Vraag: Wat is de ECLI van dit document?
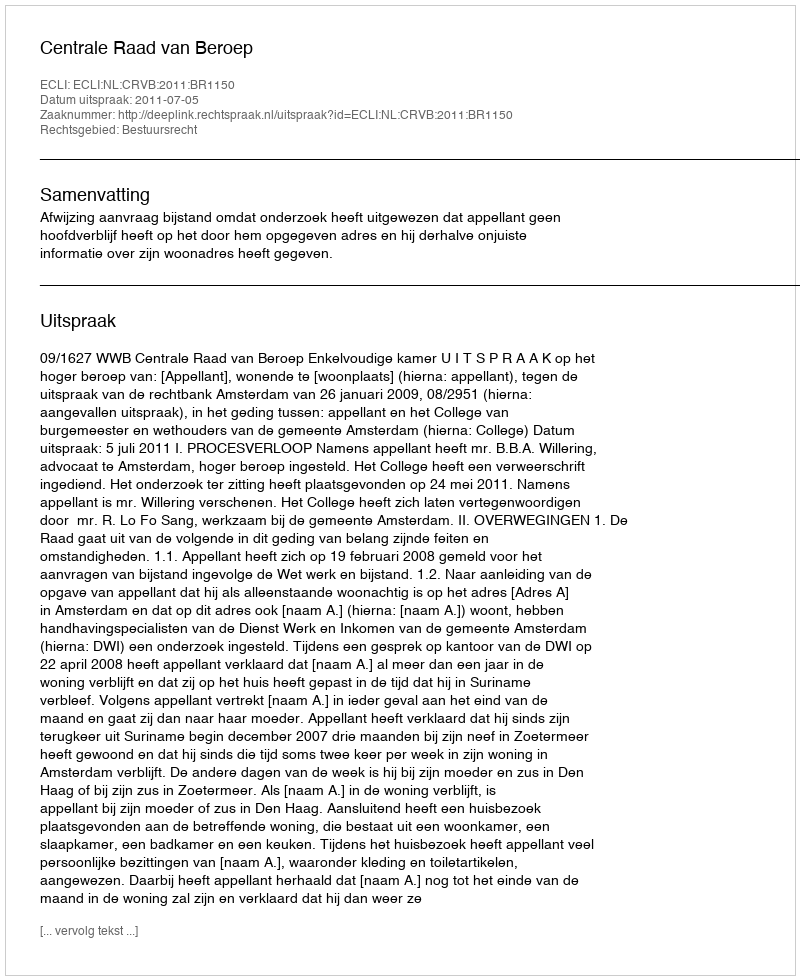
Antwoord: ECLI:NL:CRVB:2011:BR1150